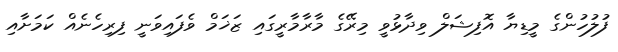
ފުލުހުންގެ މީޑިޔާ އޮފިޝަލް ވިދާޅުވީ މިރޭގެ މާރާމާރީގައި ޒަޚަމް ވެފައިވަނީ ފިރިހެނެއް ކަމަށާއި